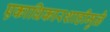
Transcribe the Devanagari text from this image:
एकाधिकारशाहीमुळे